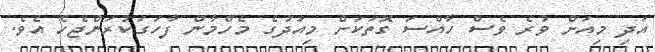
އަދި މިއަށް ވުރެ ވެސް ހާއްސަ ގޮތަކަށް މިއަދުގެ މެހްމާން ފާހަގަކުރަންޖެހެ އެވެ.